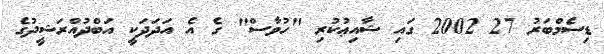
ޑިސެމްބަރު 27 2002 ގައި ޝާއިޢުކުރި "ހުވާސް" ގެ އެ އަދަދަކީ އަބްދުއްރަޝީދުގެ